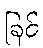
ခြင်